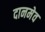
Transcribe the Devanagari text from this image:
दानमेव